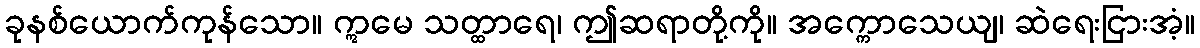
ခုနစ်ယောက်ကုန်သော။ ဣမေ သတ္ထာရေ၊ ဤဆရာတို့ကို။ အက္ကောသေယျ၊ ဆဲရေးငြားအံ့။